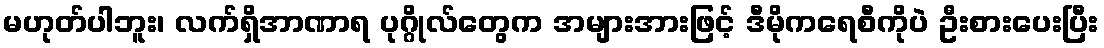
မဟုတ်ပါဘူး၊ လက်ရှိအာဏာရ ပုဂ္ဂိုလ်တွေက အများအားဖြင့် ဒီမိုကရေစီကိုပဲ ဦးစားပေးပြီး